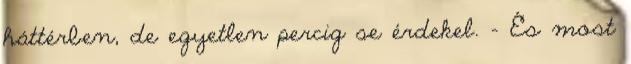
háttérben, de egyetlen percig se érdekel. - És most